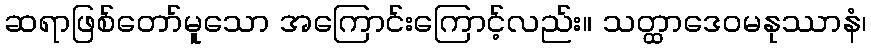
ဆရာဖြစ်တော်မူသော အကြောင်းကြောင့်လည်း။ သတ္ထာဒေဝမနုဿာနံ၊